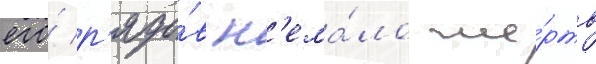
его́ р'ядо́в н'ема́ло же́ртв